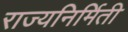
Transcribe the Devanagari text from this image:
राज्यनिर्मिती